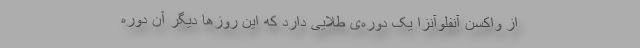
از واکسن آنفلوآنزا یک دوره‌ی طلایی دارد که این روزها دیگر آن دوره